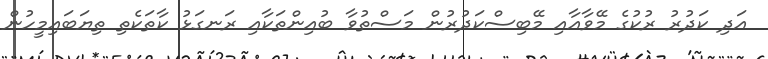
އަދި ކަދުރު ރުކުގެ މޭވާއާއި މޭބިސްކަދުރުން މަސްތުވާ ބުއިންތަކާއި ރަނގަޅު ކާތަކެތި ތިޔަބައިމީހުން